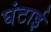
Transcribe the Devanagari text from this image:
घंटाई